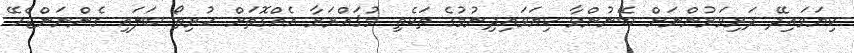
ކިޔަވައިދޭ ދަރިވަރުންނަށް ބޭނުންވާ ކިޔަވައިދިނުމުގެ ތަކެތި މުޤައްރަރާ އެއްގޮތަށް ހުރިތޯ ބަލައި ގެންނަންޖެހޭ